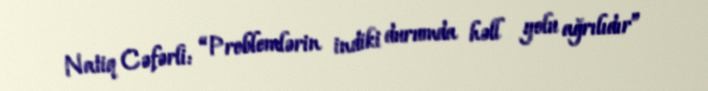
Natiq Cəfərli: “Problemlərin indiki durumda həll yolu ağrılıdır”